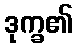
ဒုက္ခ၏